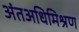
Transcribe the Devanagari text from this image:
अंतअधिमिश्रण